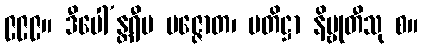
၉၉၉။ ဒီပေါ’န္တရီပ ပဇ္ဇောတ၊ ပတိဋ္ဌာ နိဗ္ဗုတီသု စ။